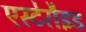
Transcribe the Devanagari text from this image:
एस्टेरौइड